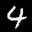
Label: 4